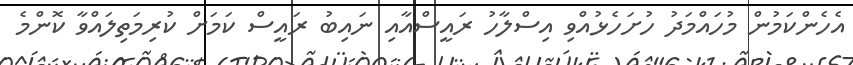
އެހެންކަމުން މުހައްމަދު ހުށަހެޅުއްވި އިސްލާހު ރައީސްއާއި ނައިބު ރައީސް ކަމަށް ކުރިމަތިލައްވާ ކޮންމެ